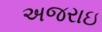
અજરાઇ